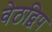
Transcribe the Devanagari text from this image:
वेठद्विप